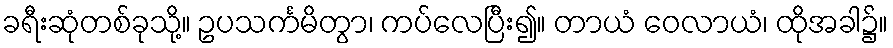
ခရီးဆုံတစ်ခုသို့။ ဥပသင်္ကမိတွာ၊ ကပ်လေပြီး၍။ တာယံ ဝေလာယံ၊ ထိုအခါ၌။